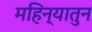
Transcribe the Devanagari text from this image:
महिन्यातुन